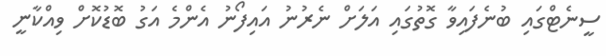
ސީނެޓްގައި ބުނެފައިވާ ގޮތުގައި އަލަށް ނެރުނު އައިފޯނު އެންމެ އަގު ބޮޑުކޮށް ވިއްކާނީ